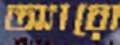
অ্যারো